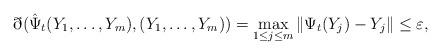
LaTeX: \begin{align*} \eth(\hat{\Psi}_t(Y_1,\ldots,Y_m),(Y_1,\ldots,Y_m))=\max_{1\leq j\leq m}\|\Psi_t(Y_j)-Y_j\|\leq \varepsilon, \end{align*}